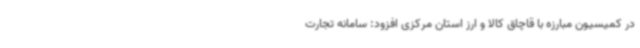
در کمیسیون مبارزه با قاچاق کالا و ارز استان مرکزی افزود: سامانه تجارت